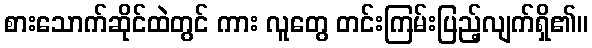
စားသောက်ဆိုင်ထဲတွင် ကား လူတွေ တင်းကြမ်းပြည့်လျက်ရှိ၏။